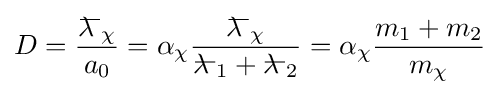
D={\frac {{\lambda \!\!\!^{{}^{\underline {\ \ }}}}_{\chi }}{a_{0}}}=\alpha _{\chi }{\frac {{\lambda \!\!\!^{{}^{\underline {\ \ }}}}_{\chi }}{{\lambda \!\!\!^{{}^{\underline {\ \ }}}}_{1}+{\lambda \!\!\!^{{}^{\underline {\ \ }}}}_{2}}}=\alpha _{\chi }{\frac {m_{1}+m_{2}}{m_{\chi }}}